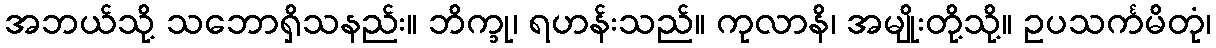
အဘယ်သို့ သဘောရှိသနည်း။ ဘိက္ခု၊ ရဟန်းသည်။ ကုလာနိ၊ အမျိုးတို့သို့။ ဥပသင်္ကမိတုံ၊